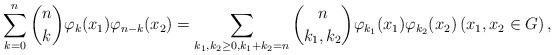
LaTeX: \begin{align*} \sum_{k=0}^n {n\choose k} \varphi_{k}(x_1)\varphi_{n-k}(x_2)= \sum_{k_1,k_2\geq 0, k_1+k_2=n} {n \choose k_1,k_2}\varphi_{k_1}(x_1)\varphi_{k_2}(x_2) \left(x_{1}, x_{2}\in G\right), \end{align*}